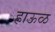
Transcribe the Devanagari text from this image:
हाऊळ